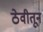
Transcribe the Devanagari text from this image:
ठेवीतून